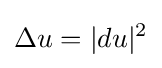
\Delta u=|du|^{2}